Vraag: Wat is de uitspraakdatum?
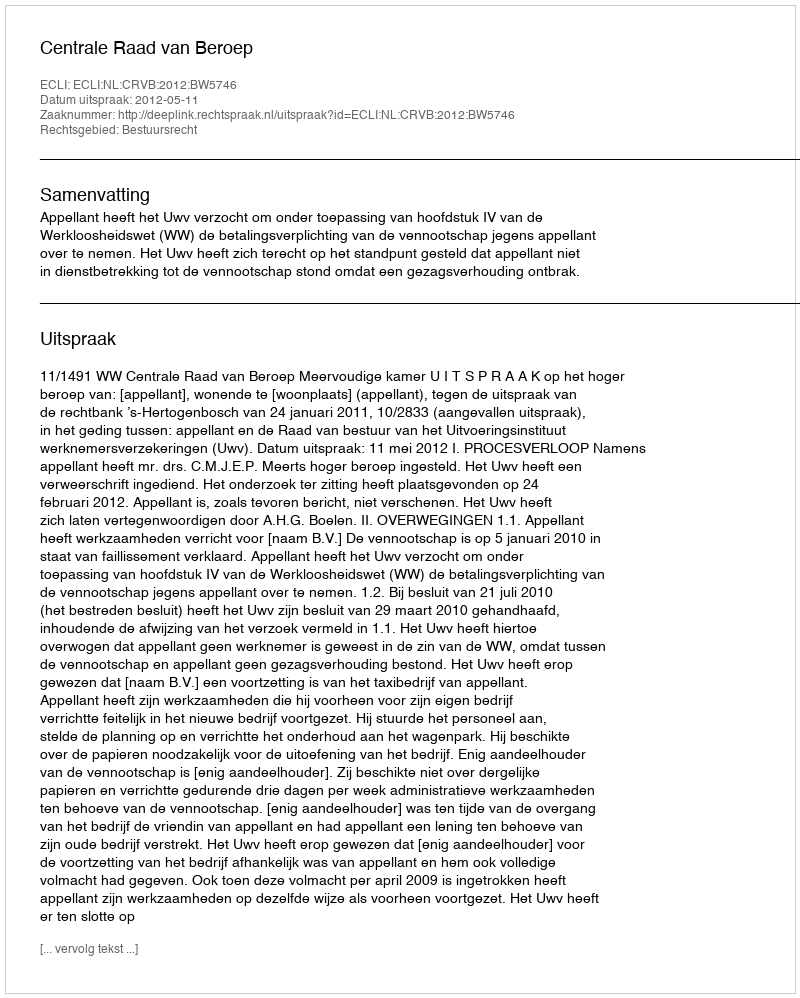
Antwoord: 2012-05-11